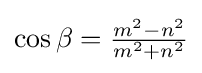
\cos {\beta }={\tfrac {m^{2}-n^{2}}{m^{2}+n^{2}}}